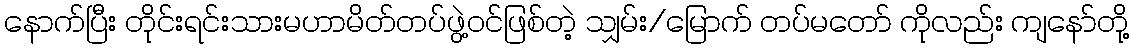
နောက်ပြီး တိုင်းရင်းသားမဟာမိတ်တပ်ဖွဲ့ဝင်ဖြစ်တဲ့ သျှမ်း/မြောက် တပ်မတော် ကိုလည်း ကျနော်တို့